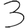
Digit: 3